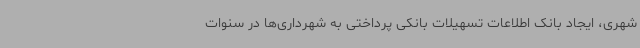
شهری، ایجاد بانک اطلاعات تسهیلات بانکی پرداختی به شهرداری‌ها در سنوات